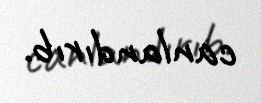
canlandırıb.